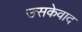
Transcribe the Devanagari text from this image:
उसकेवाद